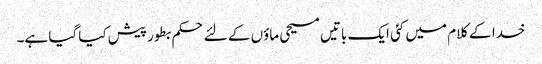
خدا کے کلام میں کئی ایک باتیں مسیحی ماؤں کے لئے حکم بطور پیش کیا گیا ہے۔